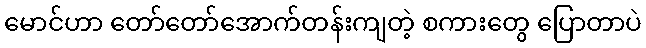
မောင်ဟာ တော်တော်အောက်တန်းကျတဲ့ စကားတွေ ပြောတာပဲ